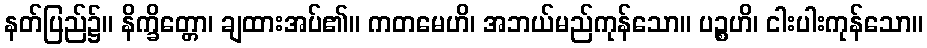
နတ်ပြည်၌။ နိက္ခိတ္တော၊ ချထားအပ်၏။ ကတမေဟိ၊ အဘယ်မည်ကုန်သော။ ပဉ္စဟိ၊ ငါးပါးကုန်သော။